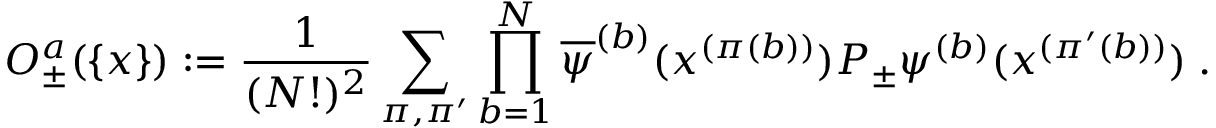
{ \cal O } _ { \pm } ^ { a } ( \{ x \} ) : = \frac { 1 } { ( N ! ) ^ { 2 } } \sum _ { \pi , \pi ^ { \prime } } \prod _ { b = 1 } ^ { N } \overline { { { \psi } } } ^ { ( b ) } ( x ^ { ( \pi ( b ) ) } ) P _ { \pm } \psi ^ { ( b ) } ( x ^ { ( \pi ^ { \prime } ( b ) ) } ) \; .